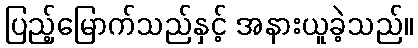
ပြည့်မြောက်သည်နှင့် အနားယူခဲ့သည်။